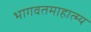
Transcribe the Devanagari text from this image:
भागवतमाहात्म्य